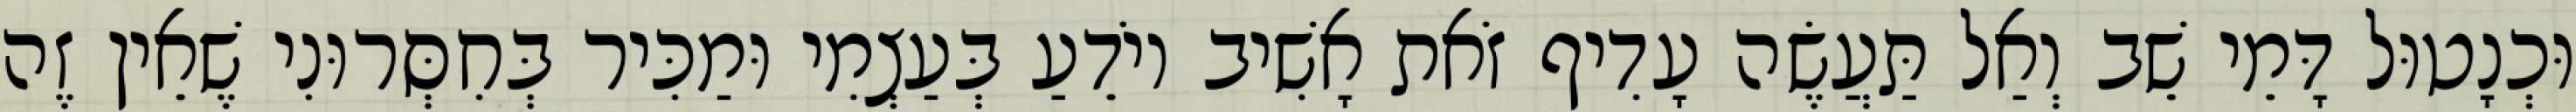
וּכְנָטוּל דָּמֵי שֵׁב וְאַל תַּעֲשֶׂה עָדִיף זֹאת אָשִׁיב יוֹדֵעַ בְּעַצְמִי וּמַכִּיר בְּחִסְּרוּנִי שֶׁאֵין זֶה